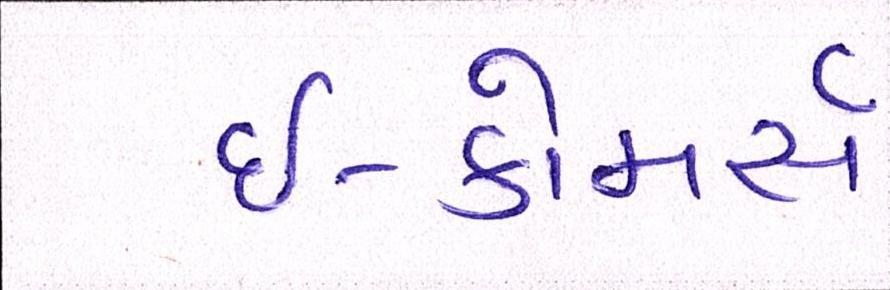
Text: ઇ-કોમર્સ